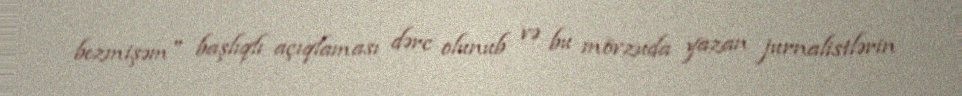
bezmişəm" başlıqlı açıqlaması dərc olunub və bu mövzuda yazan jurnalistlərin